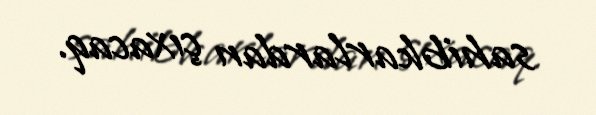
sahibkarlardan çıxacaq.